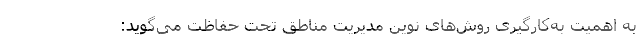
به اهمیت به‌کارگیری روش‌های نوین مدیریت مناطق تحت حفاظت می‌گوید: